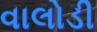
વાલોડી